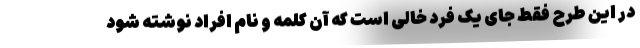
در این طرح فقط جای یک فرد خالی است که آن کلمه و نام افراد نوشته شود